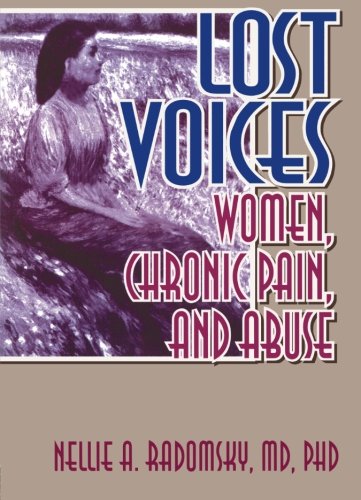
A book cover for Lost Voices: Women, Chronic Pain, and Abuse; Nellie A Radomsky; Medical Books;